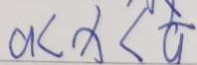
a < x < \frac { 1 } { a }